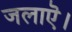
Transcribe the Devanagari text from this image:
जलाऎ।